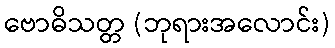
ဗောဓိသတ္တ (ဘုရားအလောင်း)